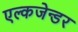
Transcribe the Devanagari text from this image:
एल्कजेन्डर